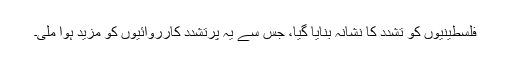
فلسطینیوں کو تشدد کا نشانہ بنایا گیا، جس سے یہ پرتشدد کارروائیوں کو مزید ہوا ملی۔